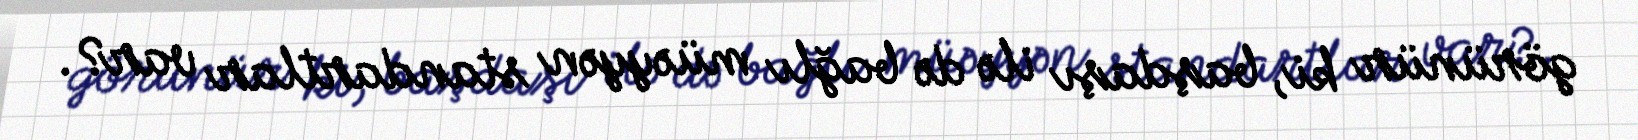
görünür ki, başdaşı ilə də bağlı müəyyən standartlar var?.